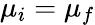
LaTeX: \mu_{i}=\mu_{f}